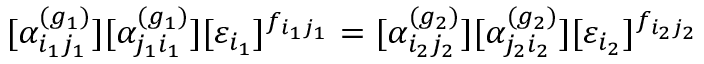
[ \alpha _ { i _ { 1 } j _ { 1 } } ^ { ( g _ { 1 } ) } ] [ \alpha _ { j _ { 1 } i _ { 1 } } ^ { ( g _ { 1 } ) } ] [ \varepsilon _ { i _ { 1 } } ] ^ { f _ { i _ { 1 } j _ { 1 } } } = [ \alpha _ { i _ { 2 } j _ { 2 } } ^ { ( g _ { 2 } ) } ] [ \alpha _ { j _ { 2 } i _ { 2 } } ^ { ( g _ { 2 } ) } ] [ \varepsilon _ { i _ { 2 } } ] ^ { f _ { i _ { 2 } j _ { 2 } } }